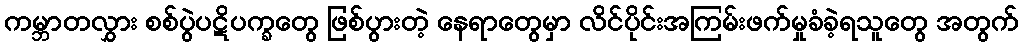
ကမ္ဘာတလွှား စစ်ပွဲပဋိပက္ခတွေ ဖြစ်ပွားတဲ့ နေရာတွေမှာ လိင်ပိုင်းအကြမ်းဖက်မှုခံခဲ့ရသူတွေ အတွက်